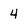
Character: 4